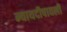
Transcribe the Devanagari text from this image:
न्यायदीपावली